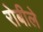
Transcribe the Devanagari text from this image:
रोबीले